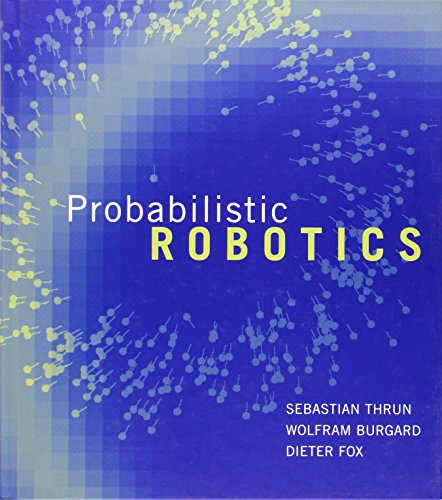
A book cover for Probabilistic Robotics (Intelligent Robotics and Autonomous Agents series); Sebastian Thrun; Engineering & Transportation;